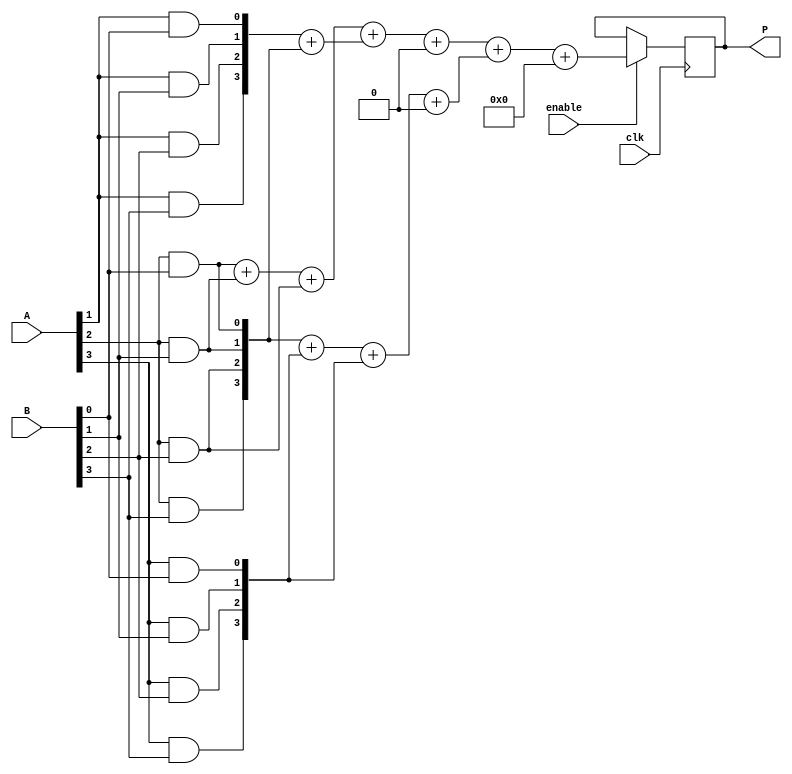
module low_power_wallace_tree_multiplier #(parameter N = 4) (
    input wire clk,
    input wire enable,
    input wire [N-1:0] A,
    input wire [N-1:0] B,
    output reg [(2*N)-1:0] P
);

    // Internal signals
    wire [N-1:0] pp [0:N-1]; // Partial products
    wire [2*N-1:0] sum_stage1 [0:N-1]; // Sums for first stage
    wire [2*N-1:0] carry_stage1 [0:N-1]; // Carries for first stage
    wire [2*N-1:0] sum_stage2 [0:N/2]; // Sums for second stage
    wire [2*N-1:0] carry_stage2 [0:N/2]; // Carries for second stage
    wire [2*N:0] final_sum; // Final sum
    wire [2*N:0] final_carry; // Final carry

    // Generate Partial Products
    genvar i, j;
    generate
        for (i = 0; i < N; i = i + 1) begin : pp_gen
            for (j = 0; j < N; j = j + 1) begin : pp_gen_inner
                assign pp[i][j] = A[i] & B[j]; // AND operation for partial products
            end
        end
    endgenerate

    // Wallace Tree Reduction
    // Stage 1: Reduce partial products to sum and carry
    generate
        for (i = 0; i < N; i = i + 1) begin : reduction_stage1
            if (i % 3 == 0 && i + 2 < N) begin
                // Use full adder for groups of 3
                wire [2:0] group = {pp[i], pp[i+1], pp[i+2]};
                assign {carry_stage1[i], sum_stage1[i]} = group[0] + group[1] + group[2];                
            end else if (i + 1 < N) begin
                // Use half adder for pairs
                assign {carry_stage1[i], sum_stage1[i]} = pp[i] + pp[i+1];
            end else begin
                assign sum_stage1[i] = pp[i];
                assign carry_stage1[i] = 0;
            end
        end
    endgenerate

    // Stage 2: Further reduction of sums and carries
    generate
        for (i = 0; i < (N + 2) / 3; i = i + 1) begin : reduction_stage2
            if (i * 2 + 1 < N) begin
                assign {carry_stage2[i], sum_stage2[i]} = sum_stage1[i*2] + sum_stage1[i*2 + 1] + carry_stage1[i*2];
            end else begin
                assign sum_stage2[i] = sum_stage1[i*2];
                assign carry_stage2[i] = carry_stage1[i*2];
            end
        end
    endgenerate

    // Final Addition
    assign final_sum = sum_stage2[0] + sum_stage2[1] + carry_stage2[0];

    // Output stage
    always @(posedge clk) begin
        if (enable) begin
            P <= final_sum;
        end
    end

endmodule